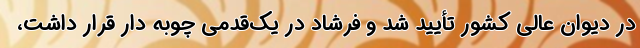
در دیوان عالی کشور تأیید شد و فرشاد در یک‌قدمی چوبه دار قرار داشت،